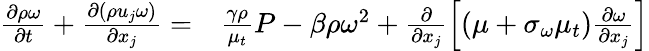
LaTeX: \begin{array}{rl}{\frac{{\partial\rho\omega}}{{\partial t}}+\frac{{\partial\left({\rho{u_{j}}\omega}\right)}}{{\partial{x_{j}}}}=}&{{}\frac{{\gamma\rho}}{{{\mu_{t}}}}P-\beta\rho{\omega^{2}}+\frac{\partial}{{\partial{x_{j}}}}\left[{\left({\mu+{\sigma_{\omega}}{\mu_{t}}}\right)\frac{{\partial\omega}}{{\partial{x_{j}}}}}\right]}\end{array}